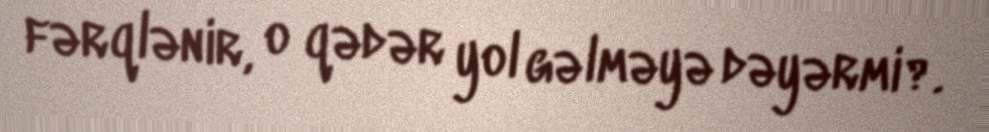
fərqlənir, o qədər yol gəlməyə dəyərmi?.